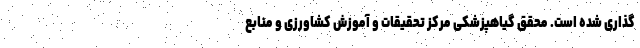
گذاری شده است. محقق گیاهپزشکی مرکز تحقیقات و آموزش کشاورزی و منابع